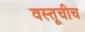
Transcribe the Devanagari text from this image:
वस्तूचीच